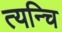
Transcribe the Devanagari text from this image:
त्यन्चि